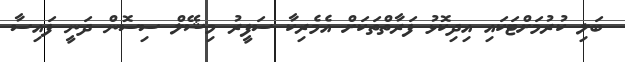
ބަލި ކުރުމަށްޓަކައި އިދިކޮޅު ފަރާތްތަކަށް އެމެރިކާ ސަފީރު މިޝޭލް ސިސޮން ދަނީ ފައިސާ